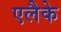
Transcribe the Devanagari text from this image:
एलैके